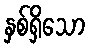
နှစ်ရှိသော